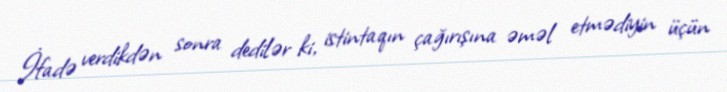
İfadə verdikdən sonra dedilər ki, istintaqın çağırışına əməl etmədiyin üçün